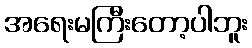
အရေးမကြီးတော့ပါဘူး